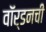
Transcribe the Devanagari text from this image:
वॉर्डनची